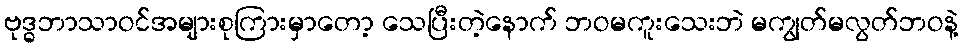
ဗုဒ္ဓဘာသာဝင်အများစုကြားမှာတော့ သေပြီးတဲ့နောက် ဘဝမကူးသေးဘဲ မကျွတ်မလွတ်ဘဝနဲ့